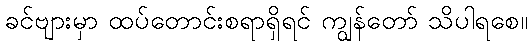
ခင်ဗျားမှာ ထပ်တောင်းစရာရှိရင် ကျွန်တော် သိပါရစေ။